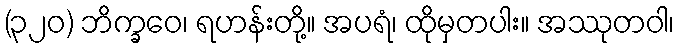
(၃၂၀) ဘိက္ခဝေ၊ ရဟန်းတို့။ အပရံ၊ ထိုမှတပါး။ အဿုတဝါ၊